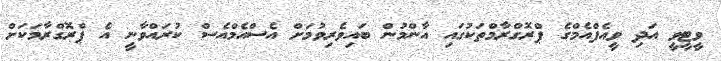
ވީޓީވީ އަދި ވީއެފްއެމްގެ ޕްރޮގްރާމްތަކުގައި އާންމުން ބައިވެރިވުމަށް އެސްއެމްއެސް ކުރައްވާނީ އެ ޕްރޮގްރާމަކަށް